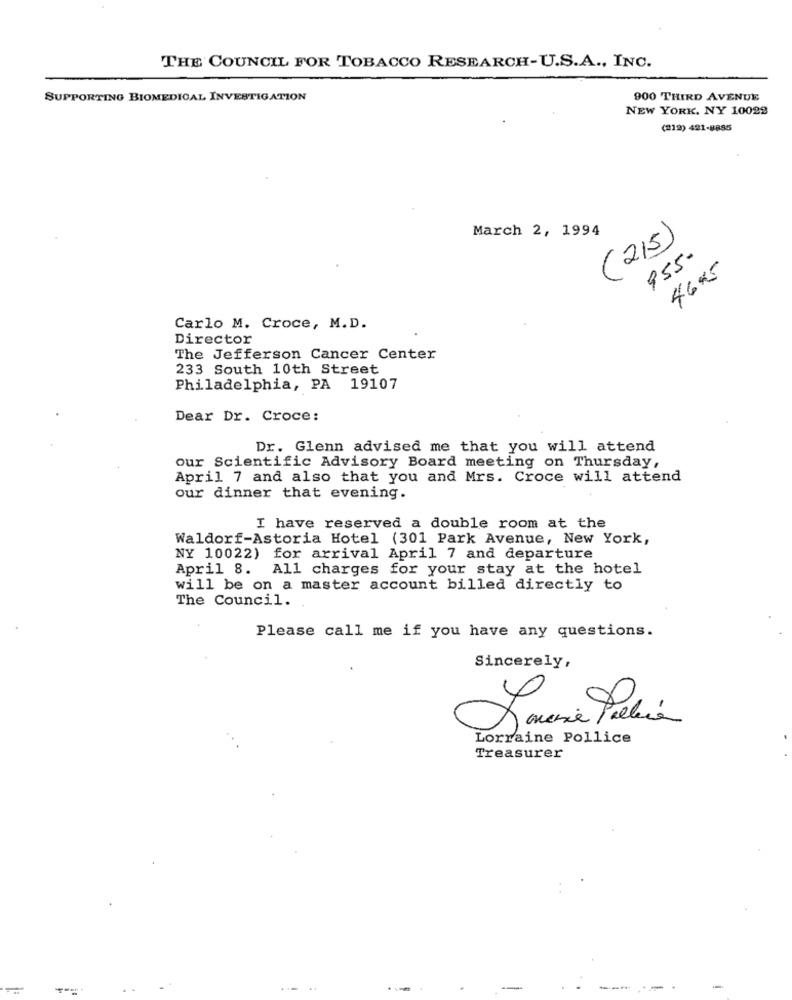
THE COUNCIL FOR TOBACCO RESEARCH-U.S.A ., INC.
SUPPORTING BIOMEDICAL INVESTIGATION
900 THIRD AVENUE
NEW YORK, NY 10022
(212) 421-8895
March 2, 1994
(215)
955-
4695
Carlo M. Croce, M.D.
Director
The Jefferson Cancer Center
233 South 10th Street
Philadelphia, PA 19107
Dear Dr. Croce:
Dr. Glenn advised me that you will attend
our Scientific Advisory Board meeting on Thursday,
April 7 and also that you and Mrs. Croce will attend
our dinner that evening.
I have reserved a double room at the
Waldorf-Astoria Hotel (301 Park Avenue, New York,
NY 10022) for arrival April 7 and departure
April 8.
All charges for your stay at the hotel
will be on a master account billed directly to
The Council.
Please call me if you have any questions.
Sincerely,
Lorraine Pollice
Treasurer